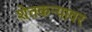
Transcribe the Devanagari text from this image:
शेतकऱ्यावर